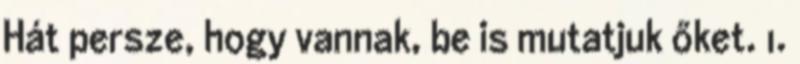
Hát persze, hogy vannak, be is mutatjuk őket. 1.